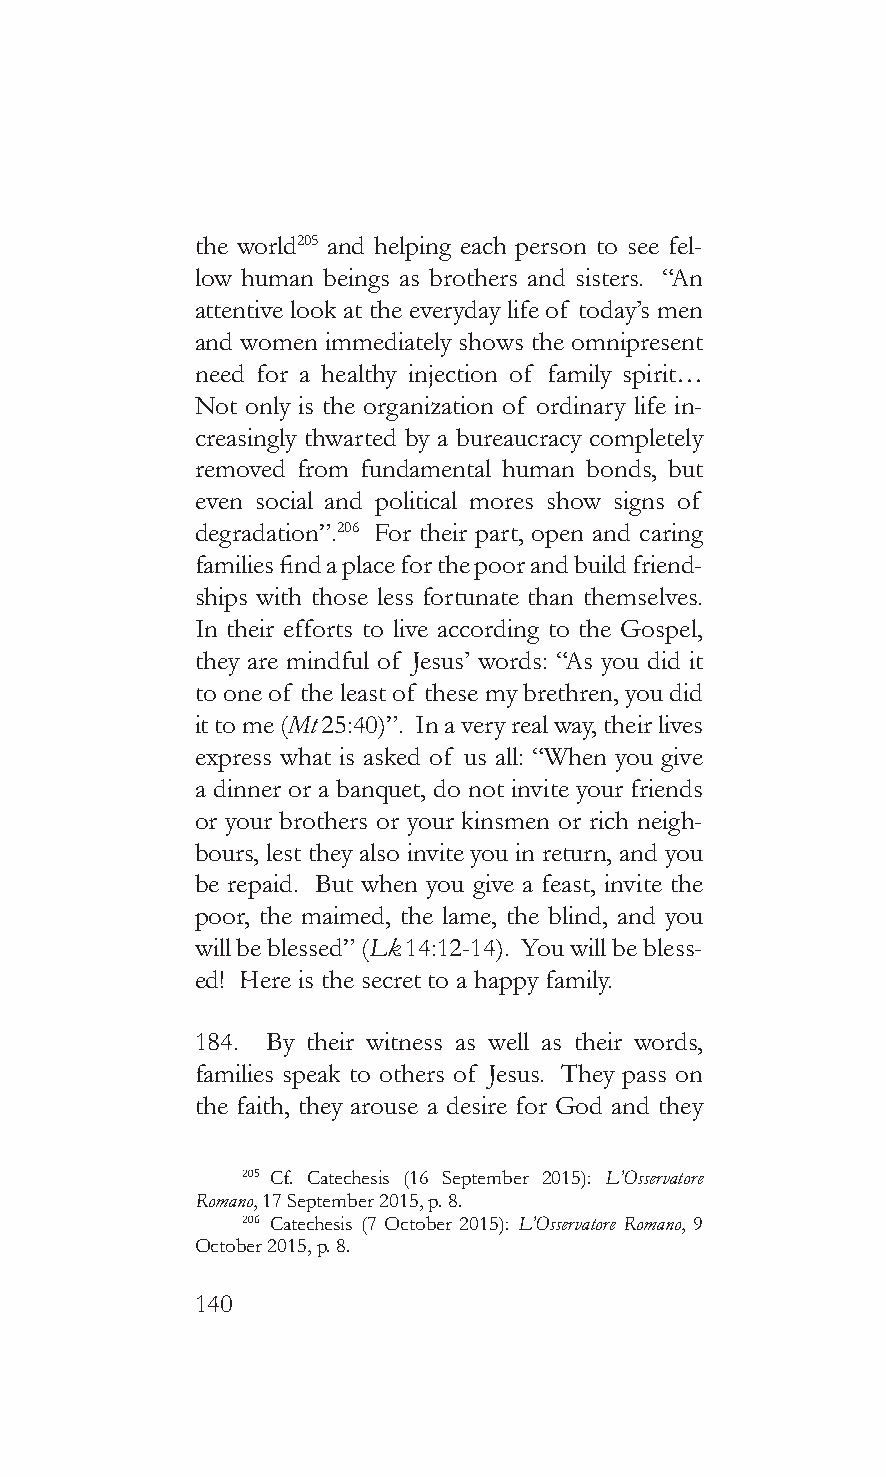
the world205 and helping each person to see fel-
 low human beings as brothers and sisters. “An
 attentive look at the everyday life of today’s men
 and women immediately shows the omnipresent
 need for a healthy injection of family spirit…
 Not only is the organization of ordinary life in-
 creasingly thwarted by a bureaucracy completely
 removed from fundamental human bonds, but
 even social and political mores show signs of
 degradation”.206 For their part, open and caring
 families find a place for the poor and build friend-
 ships with those less fortunate than themselves.
 In their efforts to live according to the Gospel,
 they are mindful of Jesus’ words: “As you did it
 to one of the least of these my brethren, you did
 it to me (Mt 25:40)”. In a very real way, their lives
 express what is asked of us all: “When you give
 a dinner or a banquet, do not invite your friends
 or your brothers or your kinsmen or rich neigh-
 bours, lest they also invite you in return, and you
 be repaid. But when you give a feast, invite the
 poor, the maimed, the lame, the blind, and you
 will be blessed” (Lk 14:12-14). You will be bless-
 ed! Here is the secret to a happy family.
 184. By their witness as well as their words,
 families speak to others of Jesus. They pass on
 the faith, they arouse a desire for God and they
 205 Cf. Catechesis (16 September 2015): L’Osservatore
 Romano, 17 September 2015, p. 8.
 206 Catechesis (7 October 2015): L’Osservatore Romano, 9
 October 2015, p. 8.
 140